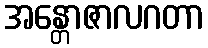
အန္တောဇာလဂတာ